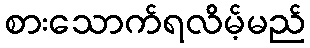
စားသောက်ရလိမ့်မည်